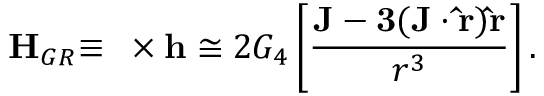
{ \bf H } _ { G R } { \bf \equiv \nabla \times h } \cong 2 G _ { 4 } \left[ { \frac { \bf J - 3 ( { \bf J \cdot \hat { r } } ) { \bf \hat { r } } } { r ^ { 3 } } } \right] .